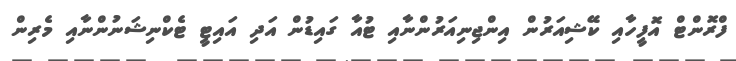
ފްރޮންޓް އޮފީހާއި ކޭޝިއަރުން އިންޖިނިއަރުންނާއި ޓުއާ ގައިޑުން އަދި އައިޓީ ޓެކްނިޝަނުންނާއި މެރިން